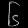
Digit: ၆